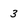
Character: 3